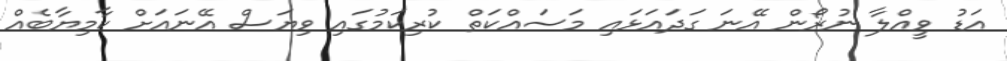
އަޑު ވީއްލާ ނުރޯން އޭނަ ގަދައަޅައި މަސައްކަތް ކުރިކަމުގައި ވިޔަސް އޭނައަށް ކާމިޔާބެއް